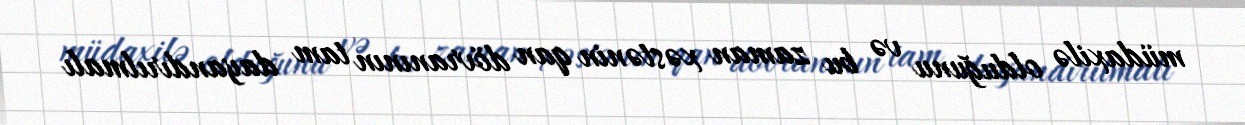
müdaxilə olduğunu və bu zaman xəstənin qan dövranının tam dayandırılmalı